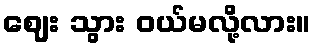
ဈေး သွား ဝယ်မလို့လား။